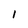
Character: I